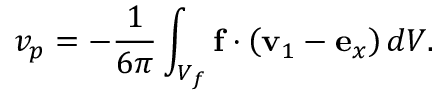
v _ { p } = - \frac { 1 } { 6 \pi } \int _ { V _ { f } } \mathbf { f } \cdot \left( \mathbf { v } _ { 1 } - \mathbf { e } _ { x } \right) d V .